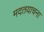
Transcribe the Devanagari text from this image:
मदतयाचना